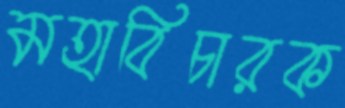
মহাবিচারক